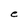
Character: e